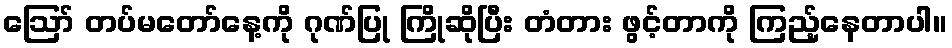
ဪ တပ်မတော်နေ့ကို ဂုဏ်ပြု ကြိုဆိုပြီး တံတား ဖွင့်တာကို ကြည့်နေတာပါ။